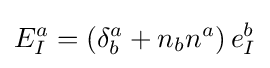
E_{I}^{a}=\left(\delta _{b}^{a}+n_{b}n^{a}\right)e_{I}^{b}